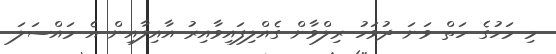
މި މަހުގެ ހަތް ވަނަ ދުވަހު ރިލްވާން ގެއްލިފައިވާއިރު އާއިލާއިން އެ މައްސަލަ